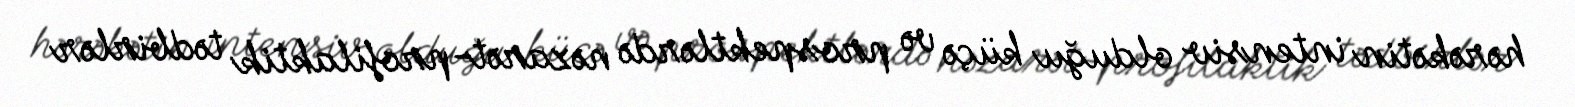
hərəkətin intensiv olduğu küçə və prospektlərdə nəzarət-profilaktik tədbirlər